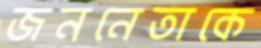
জননেতাকে